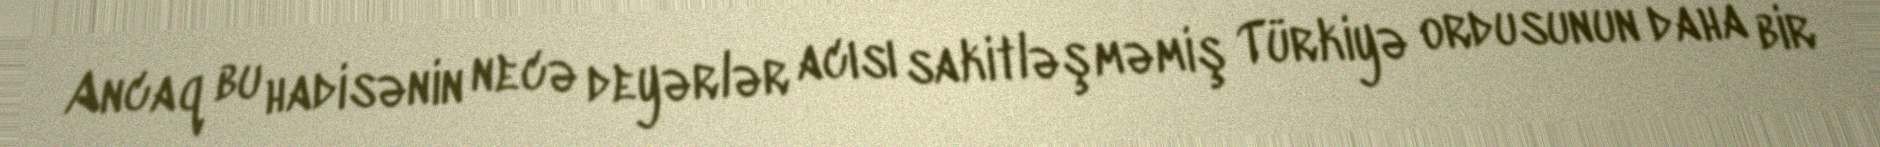
Ancaq bu hadisənin necə deyərlər acısı sakitləşməmiş Türkiyə ordusunun daha bir